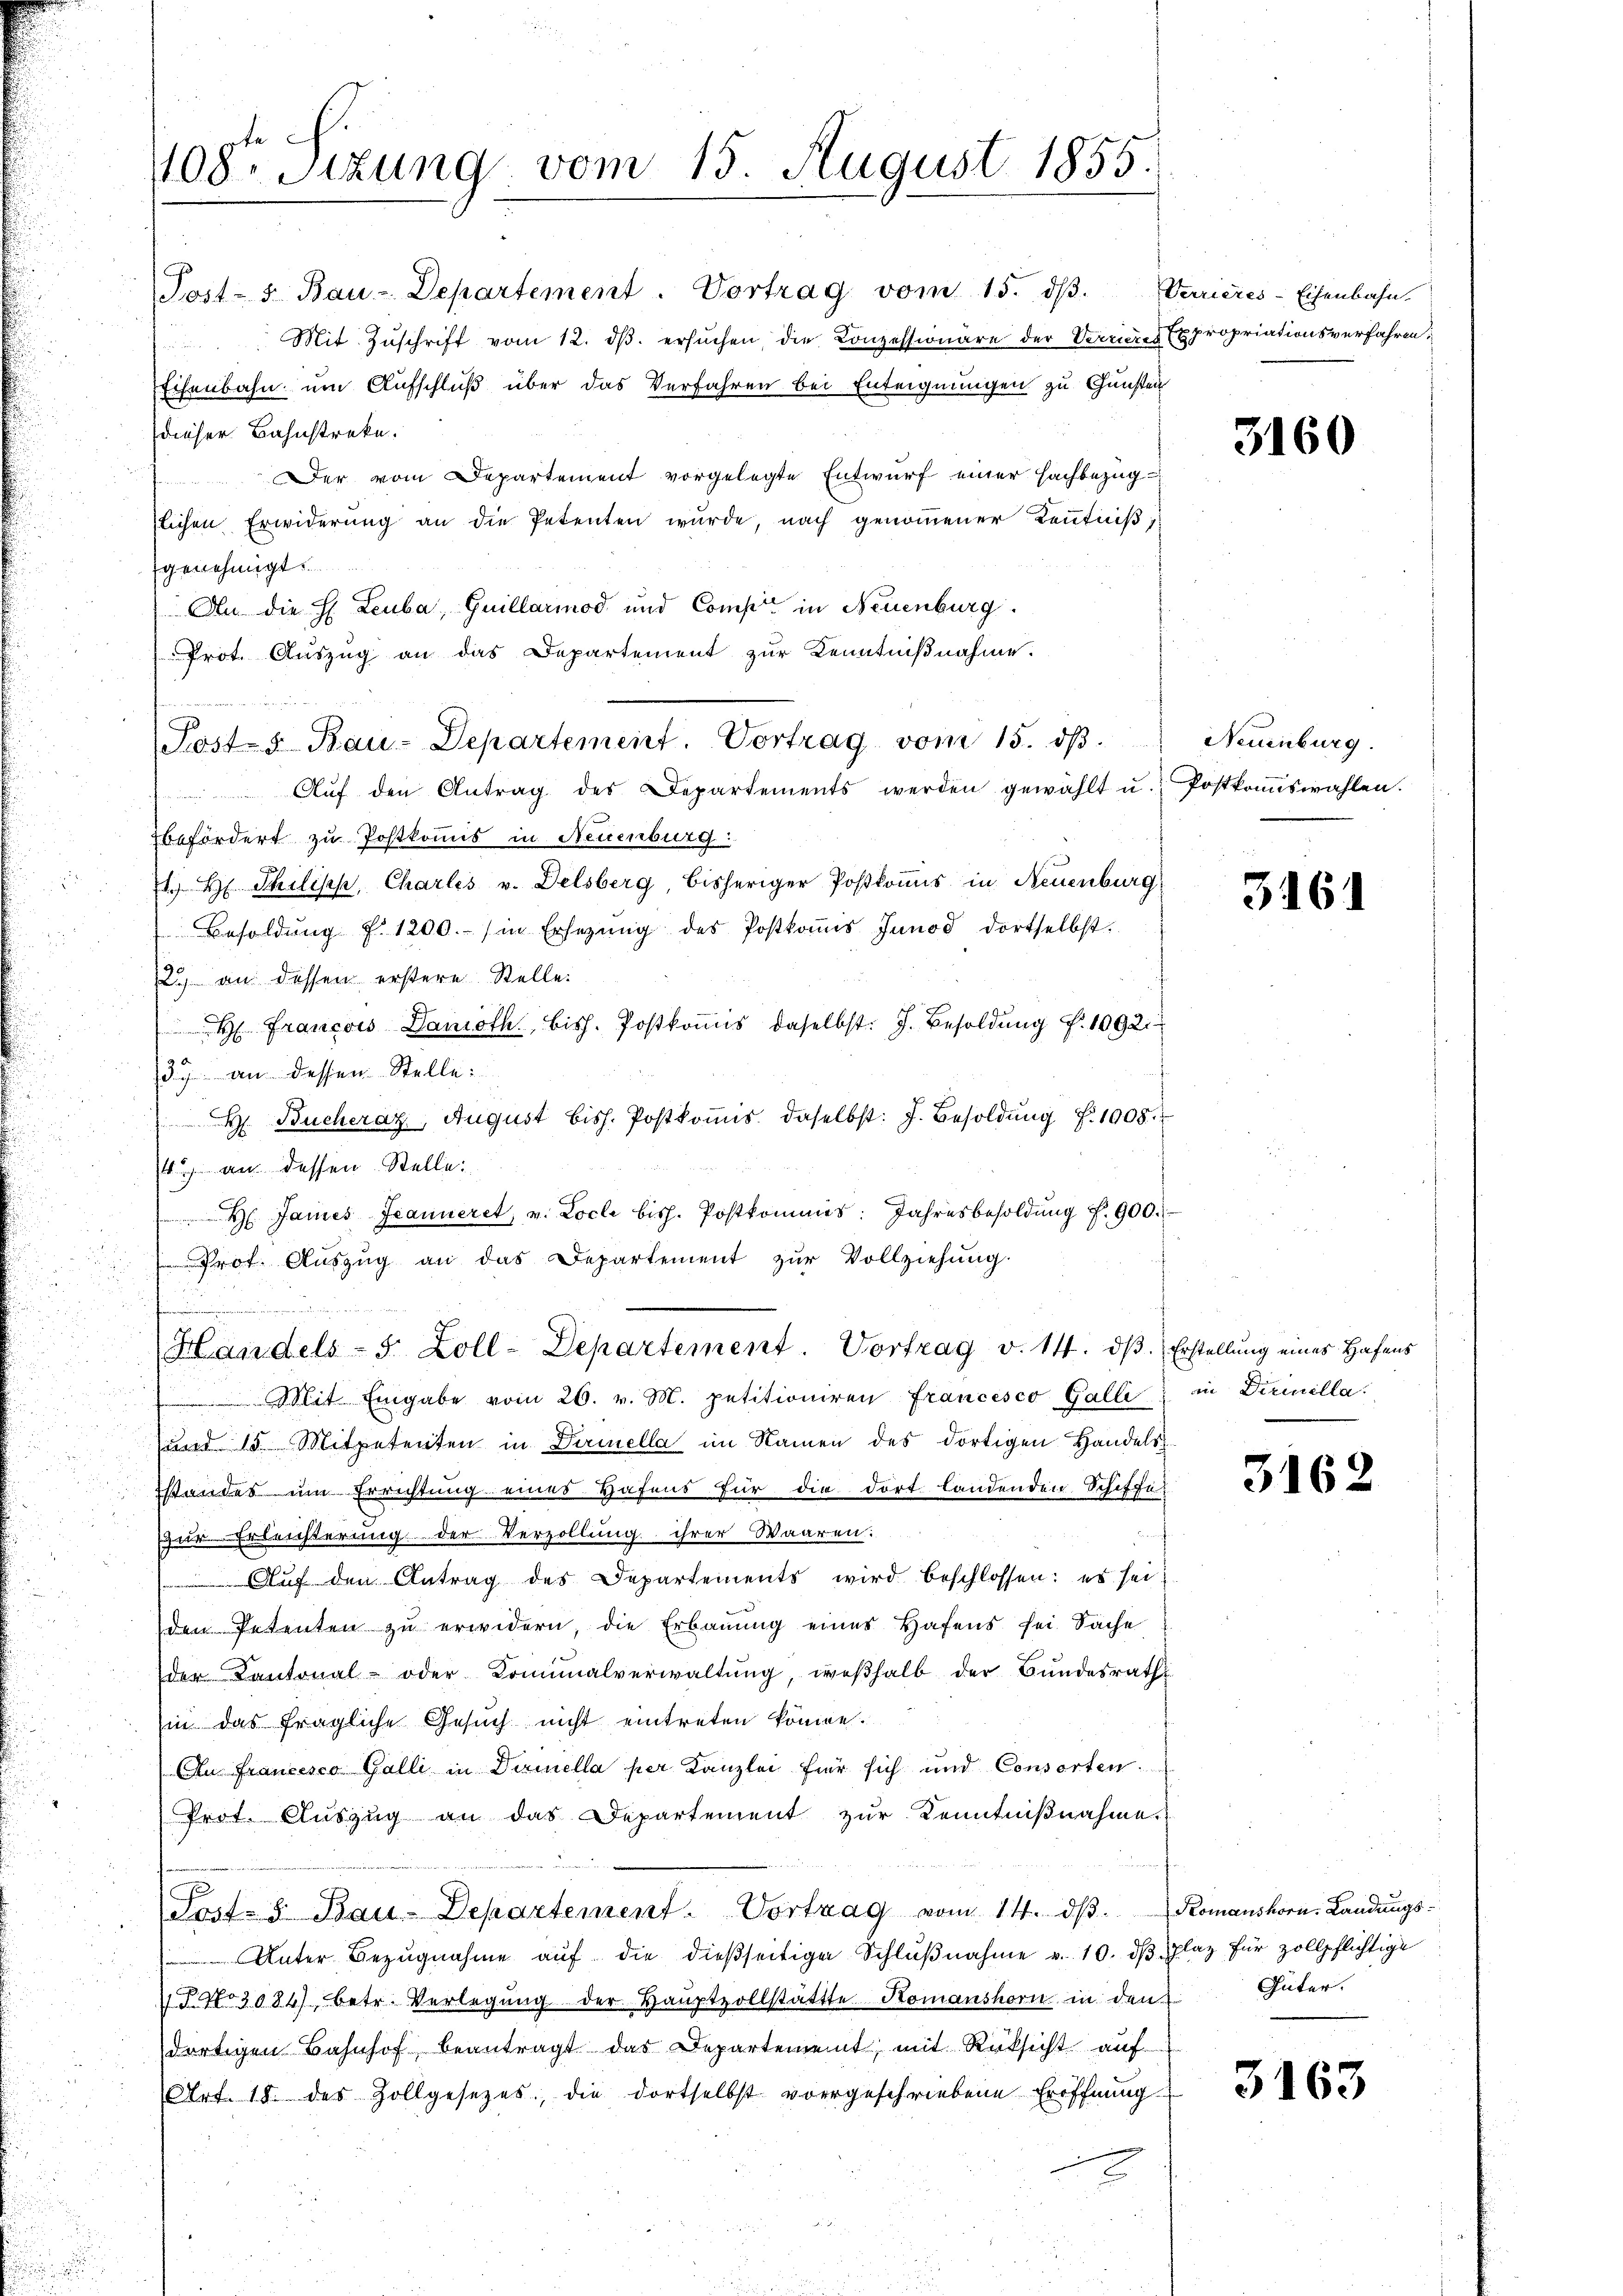
1108. Sitzung vom 15. August 1855.

Post- u. Bau-Departement. Vortrag vom 15. dβ. Verrieres-Eisenbahn.
 Mit Zŭschrift vom 12. dβ. ersŭchen, die Conzessionäre der Verrieres Expropriationsverfahren;
Eisenbahn um Aufschluß über das Verfahren bei Enteignungen zu Gunsten
dieser Bahnstreke.
Der vom Departement vorgelegte Entwurf einer Fachbezüg-
zlichen Erwiderung an die Petenten wurde, nach genoṁener Kenntniß
genehmigt.
An die H: Leuba, Guillarmod und Comp. in Neuenburg.
Prot. Auszug an das Departement zŭr Kenntniβnahme.
Aŭf den Antrag des Departements werden gewählt u. Postkoṁiswahlen.
befördert zu Postkomis in Neuenburg:

1. H. Philisch, Chartes v. Delsberg, bisheriger Postkommis in Neuenburg
Besoldŭng f. 1200.- in Ersetzŭng des Postkoṁis Junod dortselbst.
12.) an dessen erstere Stelle:
H. Francois Damoth, bish. Postkomis daselbst: J. Besoldung f. 1092.
37 an dessen Stelle:
H. Bucheraz, August bish. Postkoṁis, daselbst: J. Besoldung f. 1005.
/4 an dessen Stelle:
 James Jeanneret, u. Locle bish. Postkommes: Jahresbesoldŭng f. 900.
Prot. Aŭszŭg an das Departement zŭr Vollziehung.
e
Handels- 5 Zoll-Departement. Vortrag v. 14. dβ. Erstellung eines Hafens
 Mit Eingabe vom 26. v. M. petitioniren Francesco Galli, in Dirinella.
und 15. Mitpetenten in Darmella im Namen des dortigen Handels
standes um Errichtung eines Hafens für die dort landenden Schiffe
ur Erleichterung der Verzollung ihrer Waaren:
Auf den Antrag des Departements wird beschlossen: es seiden Petenten zu erwidern, die Erbauung eines Hafens sei Sache
der Kantonal- oder Kominalverwaltŭng, weßhalb der Bundesrath
(in das fragliche Gesŭch nicht eintreten könne.
Au Francesco Galli in Dirnella per Kanzlei für sich und Consorten.
Prot. Auszug an das Departement zur Kenntnißnahme
Post- & Bau-Departement. Vortrag vom 14. dβ. Romanshorn, Landungs-
Unter Bezŭgnahme aŭf die dieβseitige Schlŭβnahme v. 10. dβ Plaz für zollpflichtige
18. No 3084), betr. Verlegŭng der Hauptvollstättte Komanshorn in den Güter.
dortigen Bahnhof beantragt das Departement, mit Rüksicht auf
Art. 18. des Zollgesetzes, die dortselbst vorgeschriebene Eröffnŭng

Post- u Bau-Departement. Vortrag vom 15. dβ.

3160

Neuenburg.

3461

3162

3163